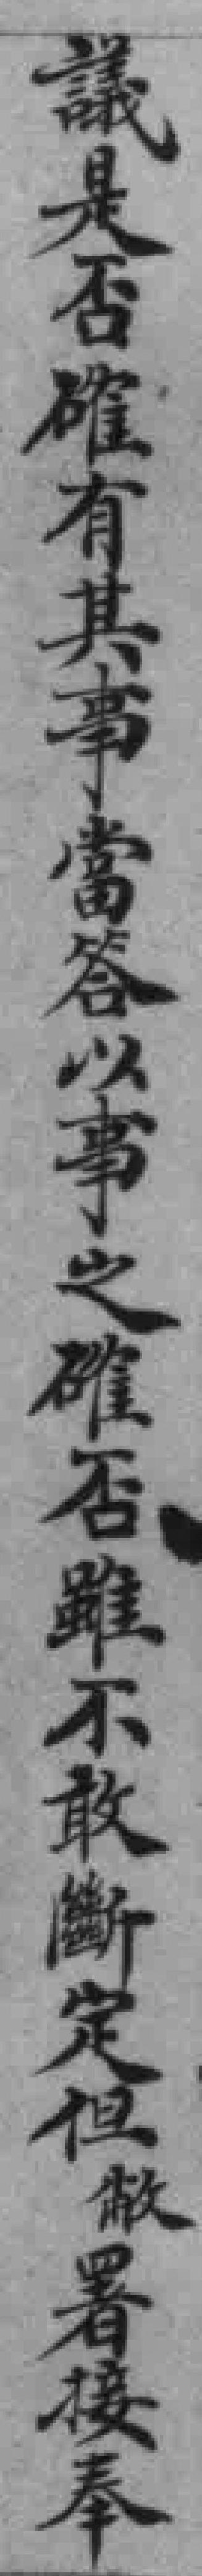
議是否確有其事當答以事之確否雖不敢斷定但敝署接奉